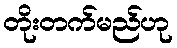
တိုးတက်မည်ဟု